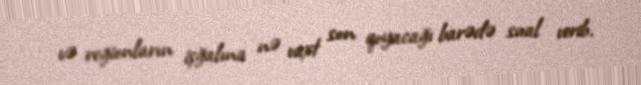
və regionların işğalına nə vaxt son qoyacağı barədə sual verib.